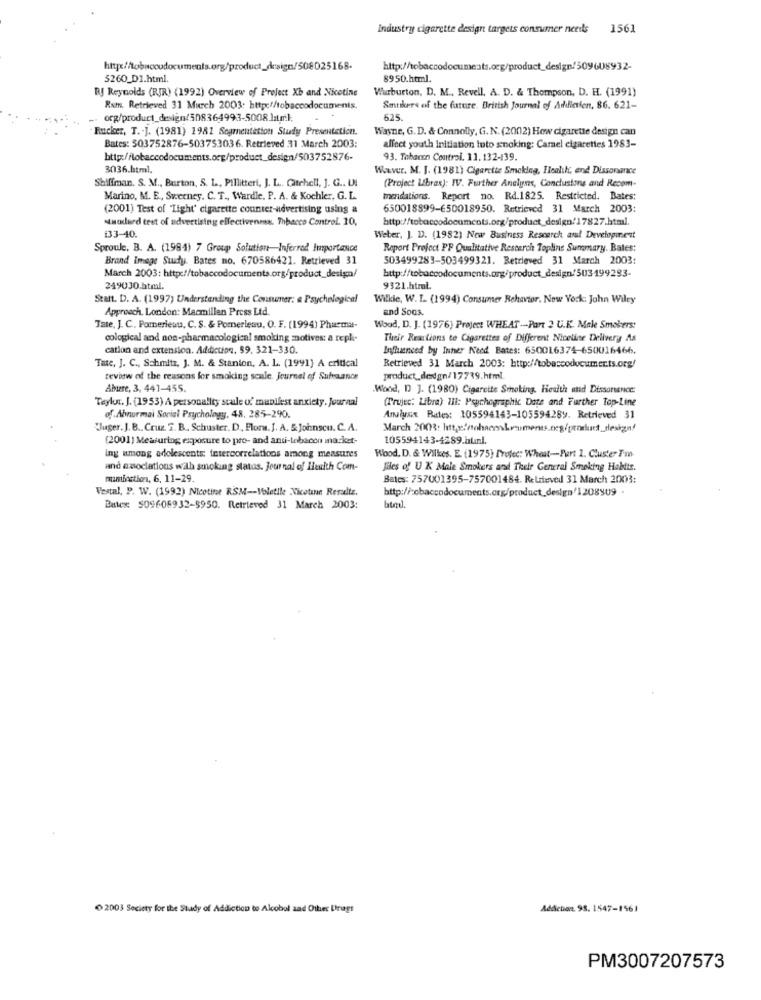
Industry cigarette design targets consumer neeils
1561
http://tobaccodocuments.org/product_design/509608932-
$260_D1.html.
8950.html.
Rf Reynolds (RJR) (1992) Overview of Project Xb and Nicotine
Warburton, D. M ., Revell, A. D. & Thompson, D. H. (1991)
Rum. Retrieved 31 Murch 2003: http://tobaccodocumenis.
Smutkers of the future. British Journal of Addiction, 86. 621-
-. org/product_design/508364993-5008 latr.l;
625
Rucker, T .- ]. (1981) 1981 Segmentation Study Presentation.
Wayne, G.D. & Connolly, G. N. (2002) How cigarette design can
Bates: 503752876-503753036. Retrieved 31 March 2003:
affect youth initiation luto smoking: Carnel cigarettes 1983-
http:/fobaccodocuments.org/product_design/503752876-
93. Tahacon Control. 11. 132-139.
3036.html.
Waver. M. J. (1981) Cigarette Smoking, Health, and Dissorsance
Shiffman. S. M ., Burton, S. L ., Pillitteri, J. L ., Gitehell, J. G .. U.
(Project Libras): IV. Further Anelyns, Conclusions and Recom-
Marino, M. E, Sweeney. C. T ., Wardle. P. A. & Kochler, G. L.
mendations. Report no. Rd.1825. Restricted. Bates:
(2001) Test of Light' cigarette counter-advertising using a
650018899-650018950. Retrieved 31 March 2003:
standard test of advertising effectiveness. Thbacco Contrel. 10,
http://tobaccodocumcots.org/product_design/17827.html.
33-40.
Weber, J. D. (1982) New Business Research and Development
Sproule, B. A. (1984) 7 Gros Solution-Inferred Importance
Report Project PP Qualitative Resterch Topline Summary. Bates:
Brand Image Study. Bates no. 670586421. Retrieved 31
503499283-503499321. Retrieved 31 March 2003:
March 2003: http://tobaccodocuments.org/product_design/
http://tobaccodocuments.org/product_design/503199293-
249030.html.
9321.html
Statt. D. A. (1997) Understanding the Consumer: a Psychological
Wilkie, W. I. (1994) Consumer Behavior. New York: John Wiley
Approach. London: Macmillan Press Ltd.
and Soos.
Tale, J. C ., Pomerleau, C. S. & Pomerleau, O. F. (1994) Pharma-
Wood, D. J. (1976) Project WHEAT -- Part 2 U.K. Male Smokers:
cological and non-pharmacological smoking motives: a repli-
Their Reactions to Cigarettes of Different Niceline Delivery As
cation and extension. Addiction. 59. 321-330.
Influenced by Inner Need Bates: 650016374-650016466.
Tate, J. C ., Schmitz, J. M. & Stanion, A. L. (1991) A critical
Retrieved 31 March 2003: http://tobaccodocuments.org/
review of the reasons for smoking scule. Journal of Sufrance
product_dedgn/17739.html.
Abuse, 3, 441-455
.Wood, D J. (1980) Cigarette Smoking. Health and Dissonance
Taylor. J. (1953) A personality scale of munilest anxiety. Journal
(Trujec: Libra) Iii: Psychographic Date and Further Top-Line
of.Aburmai Social Psychology, 48. 285-290.
Anuiusix Rates: 105594143-105594289. Retrieved 31
"Juger. J. B ., Cruz. 2. B. Schuster. D ., Florw. J. A. & Johnscu. C.A.
March 2003: http:/ohneokruments.neg/product_design!
(2001) Measuring exposure to pro- and anti-tobacco market-
105594143-4289.hunl.
ing among adolescente intercorrelations among measures
Wood, D. & Wilkes. E. (1975) Projec: Wheat-Part 1. Cluster Fm
and associations with smoking status. Journal of Health Com-
files of U K Male Smokers and Their General Smoking Habits.
mamiaction, 6, 11-29.
Bates: 757001395-757001484. Retrieved 31 March 2003:
Vestal, P. W. (1992) Nicotine RSM -- Voletile Xicotune Results.
http://:cbaccodocuments.org/product_design/1208909 .
Butex: 509605932-8950. Retrieved 31 March 2003:
0 2003 Society for the Study of Addiction to Alcobol and Other Drugs
Addiction. 98. 1547-1561
PM3007207573